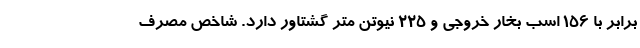
برابر با 156 اسب بخار خروجی و 225 نیوتن متر گشتاور دارد. شاخص مصرف